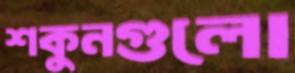
শকুনগুলো